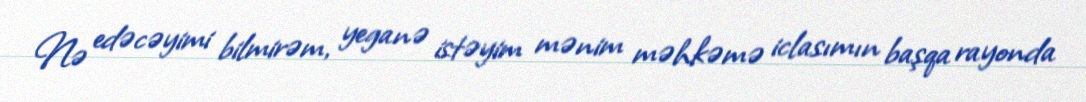
Nə edəcəyimi bilmirəm, yeganə istəyim mənim məhkəmə iclasımın başqa rayonda